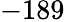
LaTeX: -189